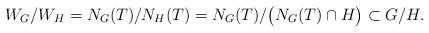
LaTeX: \begin{align*}W_G/W_H = N_G(T)/N_H(T) = N_G(T)/\big(N_G(T)\cap H\big)\subset G/H.\end{align*}